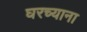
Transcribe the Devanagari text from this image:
घरच्याना